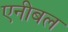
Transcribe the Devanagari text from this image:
एनीबल